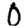
Digit: 0